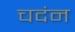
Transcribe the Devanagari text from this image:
चदंन